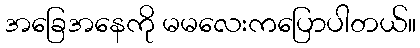
အခြေအနေကို မမလေးကပြောပါတယ်။